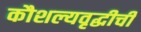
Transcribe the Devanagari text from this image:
कौशल्यवृद्धीची